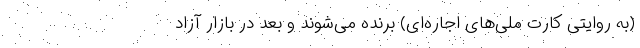
(به روایتی کارت ملی‌های اجاره‌ای) برنده می‌شوند و بعد در بازار آزاد